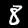
Label: 8